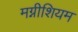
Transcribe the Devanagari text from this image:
मग्नीशियम